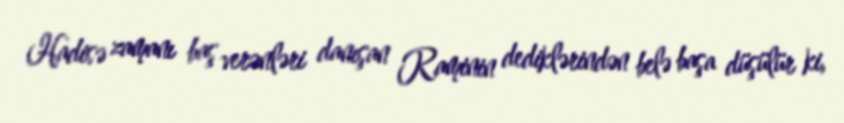
Hadisə zamanı baş verənləri danışan Raminin dediklərindən belə başa düşülür ki,